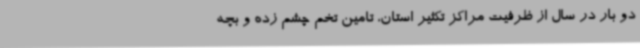
دو بار در سال از ظرفیت مراکز تکثیر استان، تامین تخم چشم زده و بچه